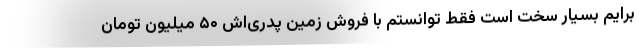
برایم بسیار سخت است ‌فقط توانستم با فروش زمین پدری‌اش ۵۰ میلیون تومان